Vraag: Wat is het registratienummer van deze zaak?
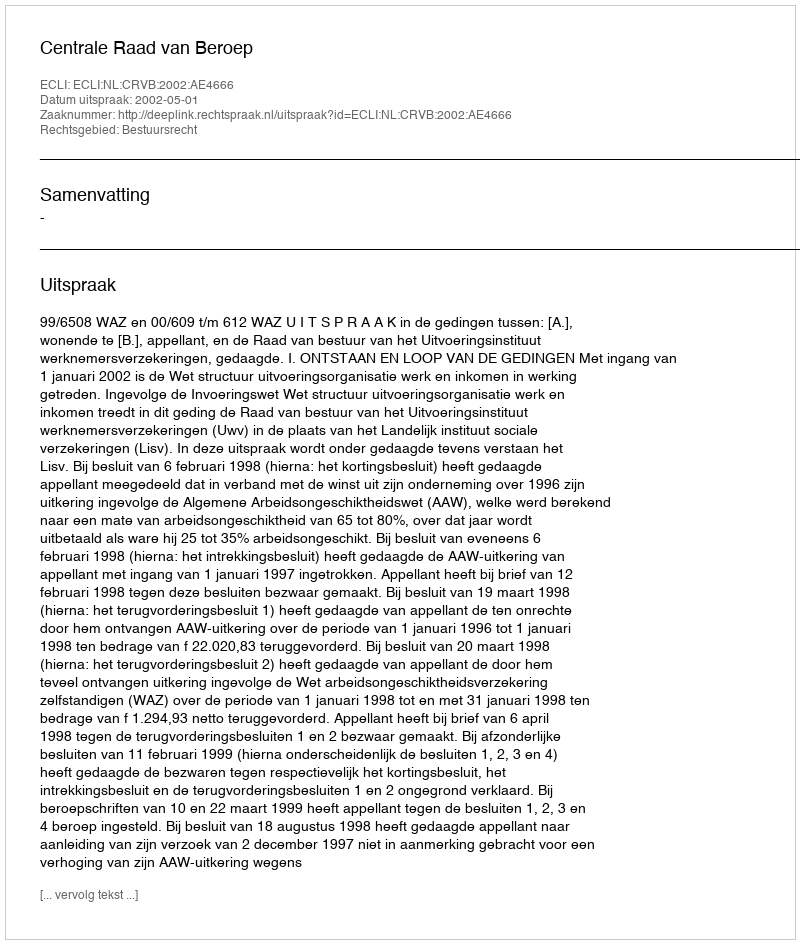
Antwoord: http://deeplink.rechtspraak.nl/uitspraak?id=ECLI:NL:CRVB:2002:AE4666